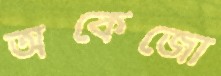
অকেজো